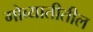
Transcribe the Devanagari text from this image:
गोव्यातीतील